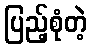
ပြည့်စုံတဲ့